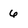
Character: 6